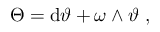
\Theta = \mathrm { d } \vartheta + \omega \wedge \vartheta \ ,